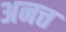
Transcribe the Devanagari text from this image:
अनत्त